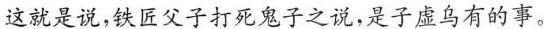
这就是说,铁匠父子打死鬼子之说,是子虚乌有的事。